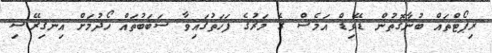
ރިޕޯޓްތައް ބުނާގޮތުން ޑޭވިޑް އަމެސް ގެ މަރުގެ ފަހަތުގައިވާ ސަބަބުތައް ހޯދުމަށް އިނގިރޭސި